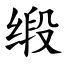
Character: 缎